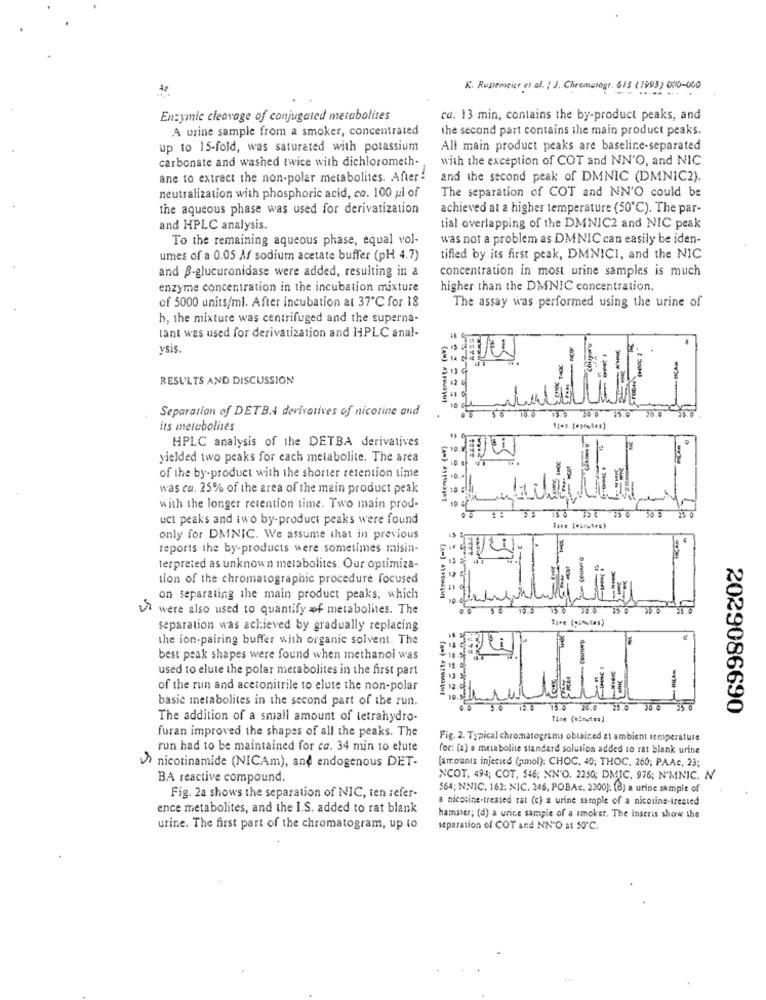
At
K. Rugemnice et al. : J. Chromatogr. 613 (1993) 000-000
Enzymic cleavage of conjugated metabolites
ca. 13 min, contains the by-product peaks, and
A urine sample from a smoker, concentrated
the second part contains the main product peaks.
up to 15-fold, was saturated with potassium
All main product peaks are baseline-separated
carbonate and washed twice with dichlorometh-
with the exception of COT and NN'O, and NIC
ane to extract the non-polar metabolites. After!
and the second peak of DMNIC (DMNIC2).
The separation of COT and NN'O could be
neutralization with phosphoric acid, co. 100 gl of
the aqueous phase was used for derivatization
achieved at a higher temperature (50℃). The par-
and HPLC analysis.
tial overlapping of the DMNIC2 and NIC peak
To the remaining aqueous phase, equal vol-
was not a problem as DMNIC can easily be iden-
umes of a 0.05 Af sodium acetate buffer (pH 4.7)
tified by its first peak, DMNICI, and the NIC
concentration in most urine samples is much
and B-glucuronidase were added, resulting in a
enzyme concentration in the incubation mixture
higher than the DMNIC concentration.
of 5000 units/ml. After incubation at 37℃ for 18
The assay was performed using the urine of
h, the mixture was centrifuged and the superna-
tant was used for derivatization and HPLC anal-
ysis.
THOC
RESULTS AND DISCUSSION
Separation of DETB.A derivatives of nicotine and
TO.
13.0 50 0 1.0
its metabolises
HPLC analysis of the DETBA derivatives
yielded two peaks for each metabolite. The area
of the by-product with the shorter retention time
was ca. 25% of the area of the main product peak
with the longer retention time. Two main prod-
uct peaks and two by-product peaks were found
only for DMNIC. We assume that in previous
Intensely (-V]
reports the by-products were sometimes misin-
-
terpreted as unknown metabolites. Our optimiza-
tion of the chromatographic procedure focused
on separating the main product peaks, which
were also used to quantify of metabolites. The
39.6
separation was achieved by gradually replacing
the ion-pairing buffer with organic solvent. The
Intensity (av)
best peak shapes were found when methanol was
used to elute the polar metabolites in the first part
MCA
-
of the run and acetonitrile to elute the non-polar
basic metabolites in the second part of the run.
15.0 15.0 20.0 13.0
2029086690
The addition of a small amount of tetrahydro-
furan improved the shapes of all the peaks. The
Fig. 2. Typical chromatograms obtained et ambient temperature
run had to be maintained for ca. 34 min to elute
for: (a) a metabolite standard solution added to zat blank urine
[amounts injected (amol): CHOC. 40; THOC, 260; PAAc, 23;
hi nicotinamide (NICAm), and endogenous DET-
BA reactive compound.
NCOT. 494; COT, 546; NN'O. 2250; DMIC, 976; N'MNIC. N
564; NNIC, 162: NIC. 246, POBAc. 2200): (8) a urine sample of
Fig. 2a shows the separation of NIC, ten refer-
a nicotine-treated rat (c) a urine sample of a nicotine-treated
ence metabolites, and the I.S. added to rat blank
hamster; (d) a urine sample of a smoker. The Inseris show the
urine. The first part of the chromatogram, up to
separation of COT and NN"O at 50℃.